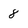
Character: 8